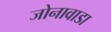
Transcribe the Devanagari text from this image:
जोनावाडा